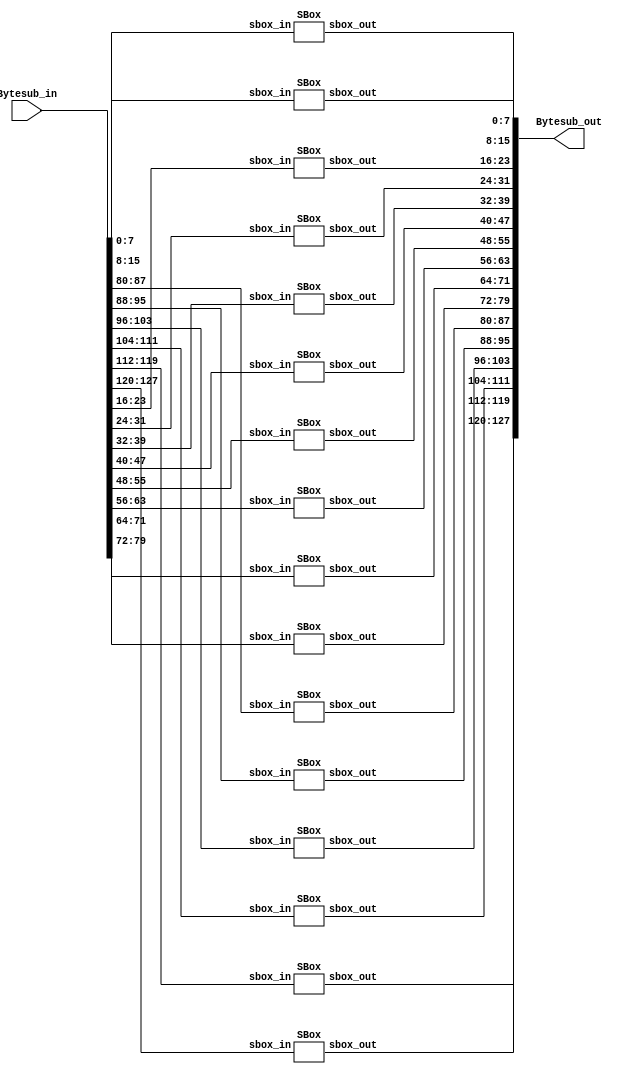
module Bytesubstitution(
    input wire [127:0] Bytesub_in,
    output wire [127:0] Bytesub_out
    );                    


SBox sbox0(Bytesub_in[7:0], Bytesub_out[7:0]);
SBox sbox1(Bytesub_in[15:8], Bytesub_out[15:8]);
SBox sbox2(Bytesub_in[23:16], Bytesub_out[23:16]);
SBox sbox3(Bytesub_in[31:24], Bytesub_out[31:24]);
SBox sbox4(Bytesub_in[39:32], Bytesub_out[39:32]);
SBox sbox5(Bytesub_in[47:40], Bytesub_out[47:40]);
SBox sbox6(Bytesub_in[55:48], Bytesub_out[55:48]);
SBox sbox7(Bytesub_in[63:56], Bytesub_out[63:56]);
SBox sbox8(Bytesub_in[71:64], Bytesub_out[71:64]);
SBox sbox9(Bytesub_in[79:72], Bytesub_out[79:72]);
SBox sbox10(Bytesub_in[87:80], Bytesub_out[87:80]);
SBox sbox11(Bytesub_in[95:88], Bytesub_out[95:88]);
SBox sbox12(Bytesub_in[103:96], Bytesub_out[103:96]);
SBox sbox13(Bytesub_in[111:104], Bytesub_out[111:104]);
SBox sbox14(Bytesub_in[119:112], Bytesub_out[119:112]);
SBox sbox15(Bytesub_in[127:120], Bytesub_out[127:120]);

endmodule

module SBox(
	input wire [7:0] sbox_in,
	output wire [7:0] sbox_out
);


wire [7:0] sbox_lookup [0 : 255];

assign sbox_lookup[8'h00] = 8'h63;
assign sbox_lookup[8'h01] = 8'h7c;
assign sbox_lookup[8'h02] = 8'h77;
assign sbox_lookup[8'h03] = 8'h7b;
assign sbox_lookup[8'h04] = 8'hf2;
assign sbox_lookup[8'h05] = 8'h6b;
assign sbox_lookup[8'h06] = 8'h6f;
assign sbox_lookup[8'h07] = 8'hc5;
assign sbox_lookup[8'h08] = 8'h30;
assign sbox_lookup[8'h09] = 8'h01;
assign sbox_lookup[8'h0a] = 8'h67;
assign sbox_lookup[8'h0b] = 8'h2b;
assign sbox_lookup[8'h0c] = 8'hfe;
assign sbox_lookup[8'h0d] = 8'hd7;
assign sbox_lookup[8'h0e] = 8'hab;
assign sbox_lookup[8'h0f] = 8'h76;

assign sbox_lookup[8'h10] = 8'hca;
assign sbox_lookup[8'h11] = 8'h82;
assign sbox_lookup[8'h12] = 8'hc9;
assign sbox_lookup[8'h13] = 8'h7d;
assign sbox_lookup[8'h14] = 8'hfa;
assign sbox_lookup[8'h15] = 8'h59;
assign sbox_lookup[8'h16] = 8'h47;
assign sbox_lookup[8'h17] = 8'hf0;
assign sbox_lookup[8'h18] = 8'had;
assign sbox_lookup[8'h19] = 8'hd4;
assign sbox_lookup[8'h1a] = 8'ha2;
assign sbox_lookup[8'h1b] = 8'haf;
assign sbox_lookup[8'h1c] = 8'h9c;
assign sbox_lookup[8'h1d] = 8'ha4;
assign sbox_lookup[8'h1e] = 8'h72;
assign sbox_lookup[8'h1f] = 8'hc0;

assign sbox_lookup[8'h20] = 8'hb7;
assign sbox_lookup[8'h21] = 8'hfd;
assign sbox_lookup[8'h22] = 8'h93;
assign sbox_lookup[8'h23] = 8'h26;
assign sbox_lookup[8'h24] = 8'h36;
assign sbox_lookup[8'h25] = 8'h3f;
assign sbox_lookup[8'h26] = 8'hf7;
assign sbox_lookup[8'h27] = 8'hcc;
assign sbox_lookup[8'h28] = 8'h34;
assign sbox_lookup[8'h29] = 8'ha5;
assign sbox_lookup[8'h2a] = 8'he5;
assign sbox_lookup[8'h2b] = 8'hf1;
assign sbox_lookup[8'h2c] = 8'h71;
assign sbox_lookup[8'h2d] = 8'hd8;
assign sbox_lookup[8'h2e] = 8'h31;
assign sbox_lookup[8'h2f] = 8'h15;

assign sbox_lookup[8'h30] = 8'h04;
assign sbox_lookup[8'h31] = 8'hc7;
assign sbox_lookup[8'h32] = 8'h23;
assign sbox_lookup[8'h33] = 8'hc3;
assign sbox_lookup[8'h34] = 8'h18;
assign sbox_lookup[8'h35] = 8'h96;
assign sbox_lookup[8'h36] = 8'h05;
assign sbox_lookup[8'h37] = 8'h9a;
assign sbox_lookup[8'h38] = 8'h07;
assign sbox_lookup[8'h39] = 8'h12;
assign sbox_lookup[8'h3a] = 8'h80;
assign sbox_lookup[8'h3b] = 8'he2;
assign sbox_lookup[8'h3c] = 8'heb;
assign sbox_lookup[8'h3d] = 8'h27;
assign sbox_lookup[8'h3e] = 8'hb2;
assign sbox_lookup[8'h3f] = 8'h75;

assign sbox_lookup[8'h40] = 8'h09;
assign sbox_lookup[8'h41] = 8'h83;
assign sbox_lookup[8'h42] = 8'h2c;
assign sbox_lookup[8'h43] = 8'h1a;
assign sbox_lookup[8'h44] = 8'h1b;
assign sbox_lookup[8'h45] = 8'h6e;
assign sbox_lookup[8'h46] = 8'h5a;
assign sbox_lookup[8'h47] = 8'ha0;
assign sbox_lookup[8'h48] = 8'h52;
assign sbox_lookup[8'h49] = 8'h3b;
assign sbox_lookup[8'h4a] = 8'hd6;
assign sbox_lookup[8'h4b] = 8'hb3;
assign sbox_lookup[8'h4c] = 8'h29;
assign sbox_lookup[8'h4d] = 8'he3;
assign sbox_lookup[8'h4e] = 8'h2f;
assign sbox_lookup[8'h4f] = 8'h84;

assign sbox_lookup[8'h50] = 8'h53;
assign sbox_lookup[8'h51] = 8'hd1;
assign sbox_lookup[8'h52] = 8'h00;
assign sbox_lookup[8'h53] = 8'hed;
assign sbox_lookup[8'h54] = 8'h20;
assign sbox_lookup[8'h55] = 8'hfc;
assign sbox_lookup[8'h56] = 8'hb1;
assign sbox_lookup[8'h57] = 8'h5b;
assign sbox_lookup[8'h58] = 8'h6a;
assign sbox_lookup[8'h59] = 8'hcb;
assign sbox_lookup[8'h5a] = 8'hbe;
assign sbox_lookup[8'h5b] = 8'h39;
assign sbox_lookup[8'h5c] = 8'h4a;
assign sbox_lookup[8'h5d] = 8'h4c;
assign sbox_lookup[8'h5e] = 8'h58;
assign sbox_lookup[8'h5f] = 8'hcf;

assign sbox_lookup[8'h60] = 8'hd0;
assign sbox_lookup[8'h61] = 8'hef;
assign sbox_lookup[8'h62] = 8'haa;
assign sbox_lookup[8'h63] = 8'hfb;
assign sbox_lookup[8'h64] = 8'h43;
assign sbox_lookup[8'h65] = 8'h4d;
assign sbox_lookup[8'h66] = 8'h33;
assign sbox_lookup[8'h67] = 8'h85;
assign sbox_lookup[8'h68] = 8'h45;
assign sbox_lookup[8'h69] = 8'hf9;
assign sbox_lookup[8'h6a] = 8'h02;
assign sbox_lookup[8'h6b] = 8'h7f;
assign sbox_lookup[8'h6c] = 8'h50;
assign sbox_lookup[8'h6d] = 8'h3c;
assign sbox_lookup[8'h6e] = 8'h9f;
assign sbox_lookup[8'h6f] = 8'ha8;

assign sbox_lookup[8'h70] = 8'h51;
assign sbox_lookup[8'h71] = 8'ha3;
assign sbox_lookup[8'h72] = 8'h40;
assign sbox_lookup[8'h73] = 8'h8f;
assign sbox_lookup[8'h74] = 8'h92;
assign sbox_lookup[8'h75] = 8'h9d;
assign sbox_lookup[8'h76] = 8'h38;
assign sbox_lookup[8'h77] = 8'hf5;
assign sbox_lookup[8'h78] = 8'hbc;
assign sbox_lookup[8'h79] = 8'hb6;
assign sbox_lookup[8'h7a] = 8'hda;
assign sbox_lookup[8'h7b] = 8'h21;
assign sbox_lookup[8'h7c] = 8'h10;
assign sbox_lookup[8'h7d] = 8'hff;
assign sbox_lookup[8'h7e] = 8'hf3;
assign sbox_lookup[8'h7f] = 8'hd2;

assign sbox_lookup[8'h80] = 8'hcd;
assign sbox_lookup[8'h81] = 8'h0c;
assign sbox_lookup[8'h82] = 8'h13;
assign sbox_lookup[8'h83] = 8'hec;
assign sbox_lookup[8'h84] = 8'h5f;
assign sbox_lookup[8'h85] = 8'h97;
assign sbox_lookup[8'h86] = 8'h44;
assign sbox_lookup[8'h87] = 8'h17;
assign sbox_lookup[8'h88] = 8'hc4;
assign sbox_lookup[8'h89] = 8'ha7;
assign sbox_lookup[8'h8a] = 8'h7e;
assign sbox_lookup[8'h8b] = 8'h3d;
assign sbox_lookup[8'h8c] = 8'h64;
assign sbox_lookup[8'h8d] = 8'h5d;
assign sbox_lookup[8'h8e] = 8'h19;
assign sbox_lookup[8'h8f] = 8'h73;

assign sbox_lookup[8'h90] = 8'h60;
assign sbox_lookup[8'h91] = 8'h81;
assign sbox_lookup[8'h92] = 8'h4f;
assign sbox_lookup[8'h93] = 8'hdc;
assign sbox_lookup[8'h94] = 8'h22;
assign sbox_lookup[8'h95] = 8'h2a;
assign sbox_lookup[8'h96] = 8'h90;
assign sbox_lookup[8'h97] = 8'h88;
assign sbox_lookup[8'h98] = 8'h46;
assign sbox_lookup[8'h99] = 8'hee;
assign sbox_lookup[8'h9a] = 8'hb8;
assign sbox_lookup[8'h9b] = 8'h14;
assign sbox_lookup[8'h9c] = 8'hde;
assign sbox_lookup[8'h9d] = 8'h5e;
assign sbox_lookup[8'h9e] = 8'h0b;
assign sbox_lookup[8'h9f] = 8'hdb;

assign sbox_lookup[8'ha0] = 8'he0;
assign sbox_lookup[8'ha1] = 8'h32;
assign sbox_lookup[8'ha2] = 8'h3a;
assign sbox_lookup[8'ha3] = 8'h0a;
assign sbox_lookup[8'ha4] = 8'h49;
assign sbox_lookup[8'ha5] = 8'h06;
assign sbox_lookup[8'ha6] = 8'h24;
assign sbox_lookup[8'ha7] = 8'h5c;
assign sbox_lookup[8'ha8] = 8'hc2;
assign sbox_lookup[8'ha9] = 8'hd3;
assign sbox_lookup[8'haa] = 8'hac;
assign sbox_lookup[8'hab] = 8'h62;
assign sbox_lookup[8'hac] = 8'h91;
assign sbox_lookup[8'had] = 8'h95;
assign sbox_lookup[8'hae] = 8'he4;
assign sbox_lookup[8'haf] = 8'h79;

assign sbox_lookup[8'hb0] = 8'he7;
assign sbox_lookup[8'hb1] = 8'hc8;
assign sbox_lookup[8'hb2] = 8'h37;
assign sbox_lookup[8'hb3] = 8'h6d;
assign sbox_lookup[8'hb4] = 8'h8d;
assign sbox_lookup[8'hb5] = 8'hd5;
assign sbox_lookup[8'hb6] = 8'h4e;
assign sbox_lookup[8'hb7] = 8'ha9;
assign sbox_lookup[8'hb8] = 8'h6c;
assign sbox_lookup[8'hb9] = 8'h56;
assign sbox_lookup[8'hba] = 8'hf4;
assign sbox_lookup[8'hbb] = 8'hea;
assign sbox_lookup[8'hbc] = 8'h65;
assign sbox_lookup[8'hbd] = 8'h7a;
assign sbox_lookup[8'hbe] = 8'hae;
assign sbox_lookup[8'hbf] = 8'h08;

assign sbox_lookup[8'hc0] = 8'hba;
assign sbox_lookup[8'hc1] = 8'h78;
assign sbox_lookup[8'hc2] = 8'h25;
assign sbox_lookup[8'hc3] = 8'h2e;
assign sbox_lookup[8'hc4] = 8'h1c;
assign sbox_lookup[8'hc5] = 8'ha6;
assign sbox_lookup[8'hc6] = 8'hb4;
assign sbox_lookup[8'hc7] = 8'hc6;
assign sbox_lookup[8'hc8] = 8'he8;
assign sbox_lookup[8'hc9] = 8'hdd;
assign sbox_lookup[8'hca] = 8'h74;
assign sbox_lookup[8'hcb] = 8'h1f;
assign sbox_lookup[8'hcc] = 8'h4b;
assign sbox_lookup[8'hcd] = 8'hbd;
assign sbox_lookup[8'hce] = 8'h8b;
assign sbox_lookup[8'hcf] = 8'h8a;

assign sbox_lookup[8'hd0] = 8'h70;
assign sbox_lookup[8'hd1] = 8'h3e;
assign sbox_lookup[8'hd2] = 8'hb5;
assign sbox_lookup[8'hd3] = 8'h66;
assign sbox_lookup[8'hd4] = 8'h48;
assign sbox_lookup[8'hd5] = 8'h03;
assign sbox_lookup[8'hd6] = 8'hf6;
assign sbox_lookup[8'hd7] = 8'h0e;
assign sbox_lookup[8'hd8] = 8'h61;
assign sbox_lookup[8'hd9] = 8'h35;
assign sbox_lookup[8'hda] = 8'h57;
assign sbox_lookup[8'hdb] = 8'hb9;
assign sbox_lookup[8'hdc] = 8'h86;
assign sbox_lookup[8'hdd] = 8'hc1;
assign sbox_lookup[8'hde] = 8'h1d;
assign sbox_lookup[8'hdf] = 8'h9e;

assign sbox_lookup[8'he0] = 8'he1;
assign sbox_lookup[8'he1] = 8'hf8;
assign sbox_lookup[8'he2] = 8'h98;
assign sbox_lookup[8'he3] = 8'h11;
assign sbox_lookup[8'he4] = 8'h69;
assign sbox_lookup[8'he5] = 8'hd9;
assign sbox_lookup[8'he6] = 8'h8e;
assign sbox_lookup[8'he7] = 8'h94;
assign sbox_lookup[8'he8] = 8'h9b;
assign sbox_lookup[8'he9] = 8'h1e;
assign sbox_lookup[8'hea] = 8'h87;
assign sbox_lookup[8'heb] = 8'he9;
assign sbox_lookup[8'hec] = 8'hce;
assign sbox_lookup[8'hed] = 8'h55;
assign sbox_lookup[8'hee] = 8'h28;
assign sbox_lookup[8'hef] = 8'hdf;

assign sbox_lookup[8'hf0] = 8'h8c;
assign sbox_lookup[8'hf1] = 8'ha1;
assign sbox_lookup[8'hf2] = 8'h89;
assign sbox_lookup[8'hf3] = 8'h0d;
assign sbox_lookup[8'hf4] = 8'hbf;
assign sbox_lookup[8'hf5] = 8'he6;
assign sbox_lookup[8'hf6] = 8'h42;
assign sbox_lookup[8'hf7] = 8'h68;
assign sbox_lookup[8'hf8] = 8'h41;
assign sbox_lookup[8'hf9] = 8'h99;
assign sbox_lookup[8'hfa] = 8'h2d;
assign sbox_lookup[8'hfb] = 8'h0f;
assign sbox_lookup[8'hfc] = 8'hb0;
assign sbox_lookup[8'hfd] = 8'h54;
assign sbox_lookup[8'hfe] = 8'hbb;
assign sbox_lookup[8'hff] = 8'h16;


assign sbox_out[7:0] = sbox_lookup[sbox_in[7:0]];
/*assign sbox_out[15:8] = sbox_lookup[sbox_in[15:8]];
assign sbox_out[23:16] = sbox_lookup[sbox_in[23:16]];
assign sbox_out[31:24] = sbox_lookup[sbox_in[31:24]];
assign sbox_out[39:32] = sbox_lookup[sbox_in[39:32]];
assign sbox_out[47:40] = sbox_lookup[sbox_in[47:40]];
assign sbox_out[55:48] = sbox_lookup[sbox_in[55:48]];
assign sbox_out[63:56] = sbox_lookup[sbox_in[63:56]];
assign sbox_out[71:64] = sbox_lookup[sbox_in[71:64]];
assign sbox_out[79:72] = sbox_lookup[sbox_in[79:72]];
assign sbox_out[87:80] = sbox_lookup[sbox_in[87:80]];
assign sbox_out[95:88] = sbox_lookup[sbox_in[95:88]];
assign sbox_out[103:96] = sbox_lookup[sbox_in[103:96]];
assign sbox_out[111:104] = sbox_lookup[sbox_in[111:104]];
assign sbox_out[119:112] = sbox_lookup[sbox_in[119:112]];
assign sbox_out[127:120] = sbox_lookup[sbox_in[127:120]];*/

endmodule